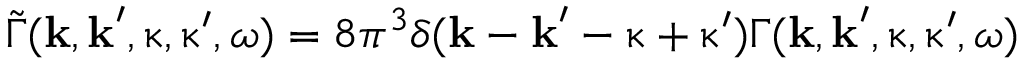
\widetilde { \Gamma } ( \boldsymbol { \mathbf { k } } , \boldsymbol { \mathbf { k } } ^ { \prime } , \boldsymbol { \mathbf { \upkappa } } , \boldsymbol { \mathbf { \upkappa } } ^ { \prime } , \omega ) = 8 \pi ^ { 3 } \delta ( \boldsymbol { \mathbf { k } } - \boldsymbol { \mathbf { k } } ^ { \prime } - \boldsymbol { \mathbf { \upkappa } } + \boldsymbol { \mathbf { \upkappa } } ^ { \prime } ) \Gamma ( \boldsymbol { \mathbf { k } } , \boldsymbol { \mathbf { k } } ^ { \prime } , \boldsymbol { \mathbf { \upkappa } } , \boldsymbol { \mathbf { \upkappa } } ^ { \prime } , \omega )